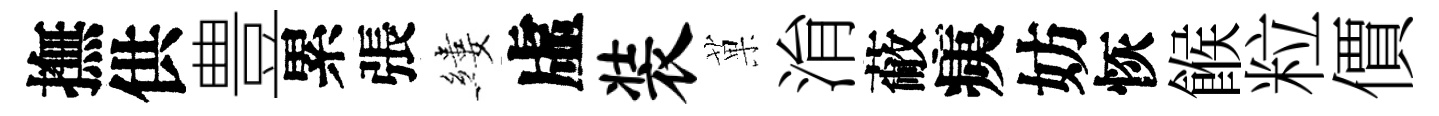
撫供豊累張縷虛装菓㳙蔽痍妨恢餱粒價